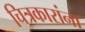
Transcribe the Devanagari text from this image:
चित्रकारांना